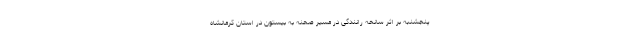
پنجشنبه بر اثر سانحه رانندگی در مسیر صحنه به بیستون در استان کرمانشاه